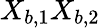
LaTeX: X_{b,1}X_{b,2}